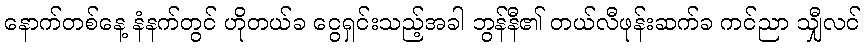
နောက်တစ်နေ့ နံနက်တွင် ဟိုတယ်ခ ငွေရှင်းသည့်အခါ ဘွန်နီ၏ တယ်လီဖုန်းဆက်ခ ကင်ညာ သျှီလင်